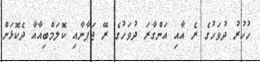
ހުކުރު ދުވަހުގެ ރެ އާއި އަންގާރަ ދުވަހުގެ ރޭ ޖަޕާނާއި ކޮލަމްބިއާއާ ދެކޮޅަށް